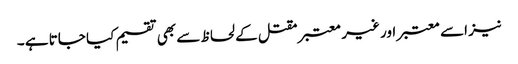
نیز اسے معتبر اور غیر معتبر مقتل کے لحاظ سے بھی تقسیم کیا جاتا ہے ۔